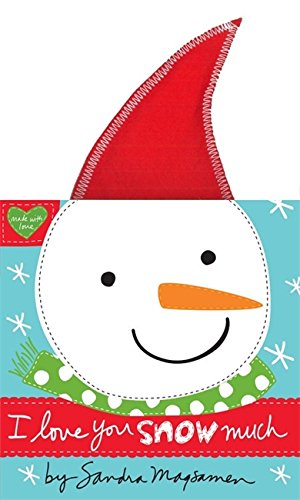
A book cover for I Love You Snow Much; Sandra Magsamen; Children's Books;